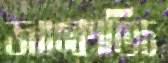
জাঙ্কোভিচ